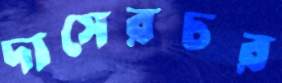
দাসেরচর